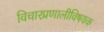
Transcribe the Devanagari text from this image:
विचारप्रणालीविषयक